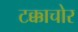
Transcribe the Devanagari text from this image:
टक्काचोर